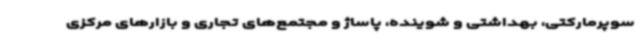
سوپرمارکتی، بهداشتی و شوینده، پاساژ و مجتمع‌های تجاری و بازارهای مرکزی